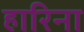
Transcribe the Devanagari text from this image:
हारिना